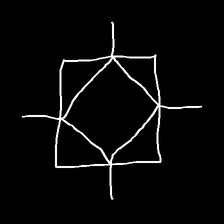
Glyph: light